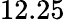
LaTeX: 12.25